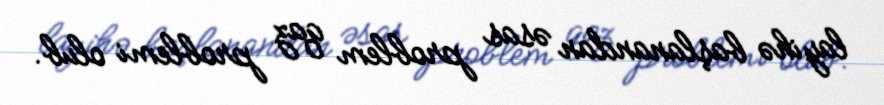
layihə başlanandan əsas problem qaz problemi olub.